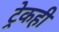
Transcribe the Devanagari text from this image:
ट्रेकही